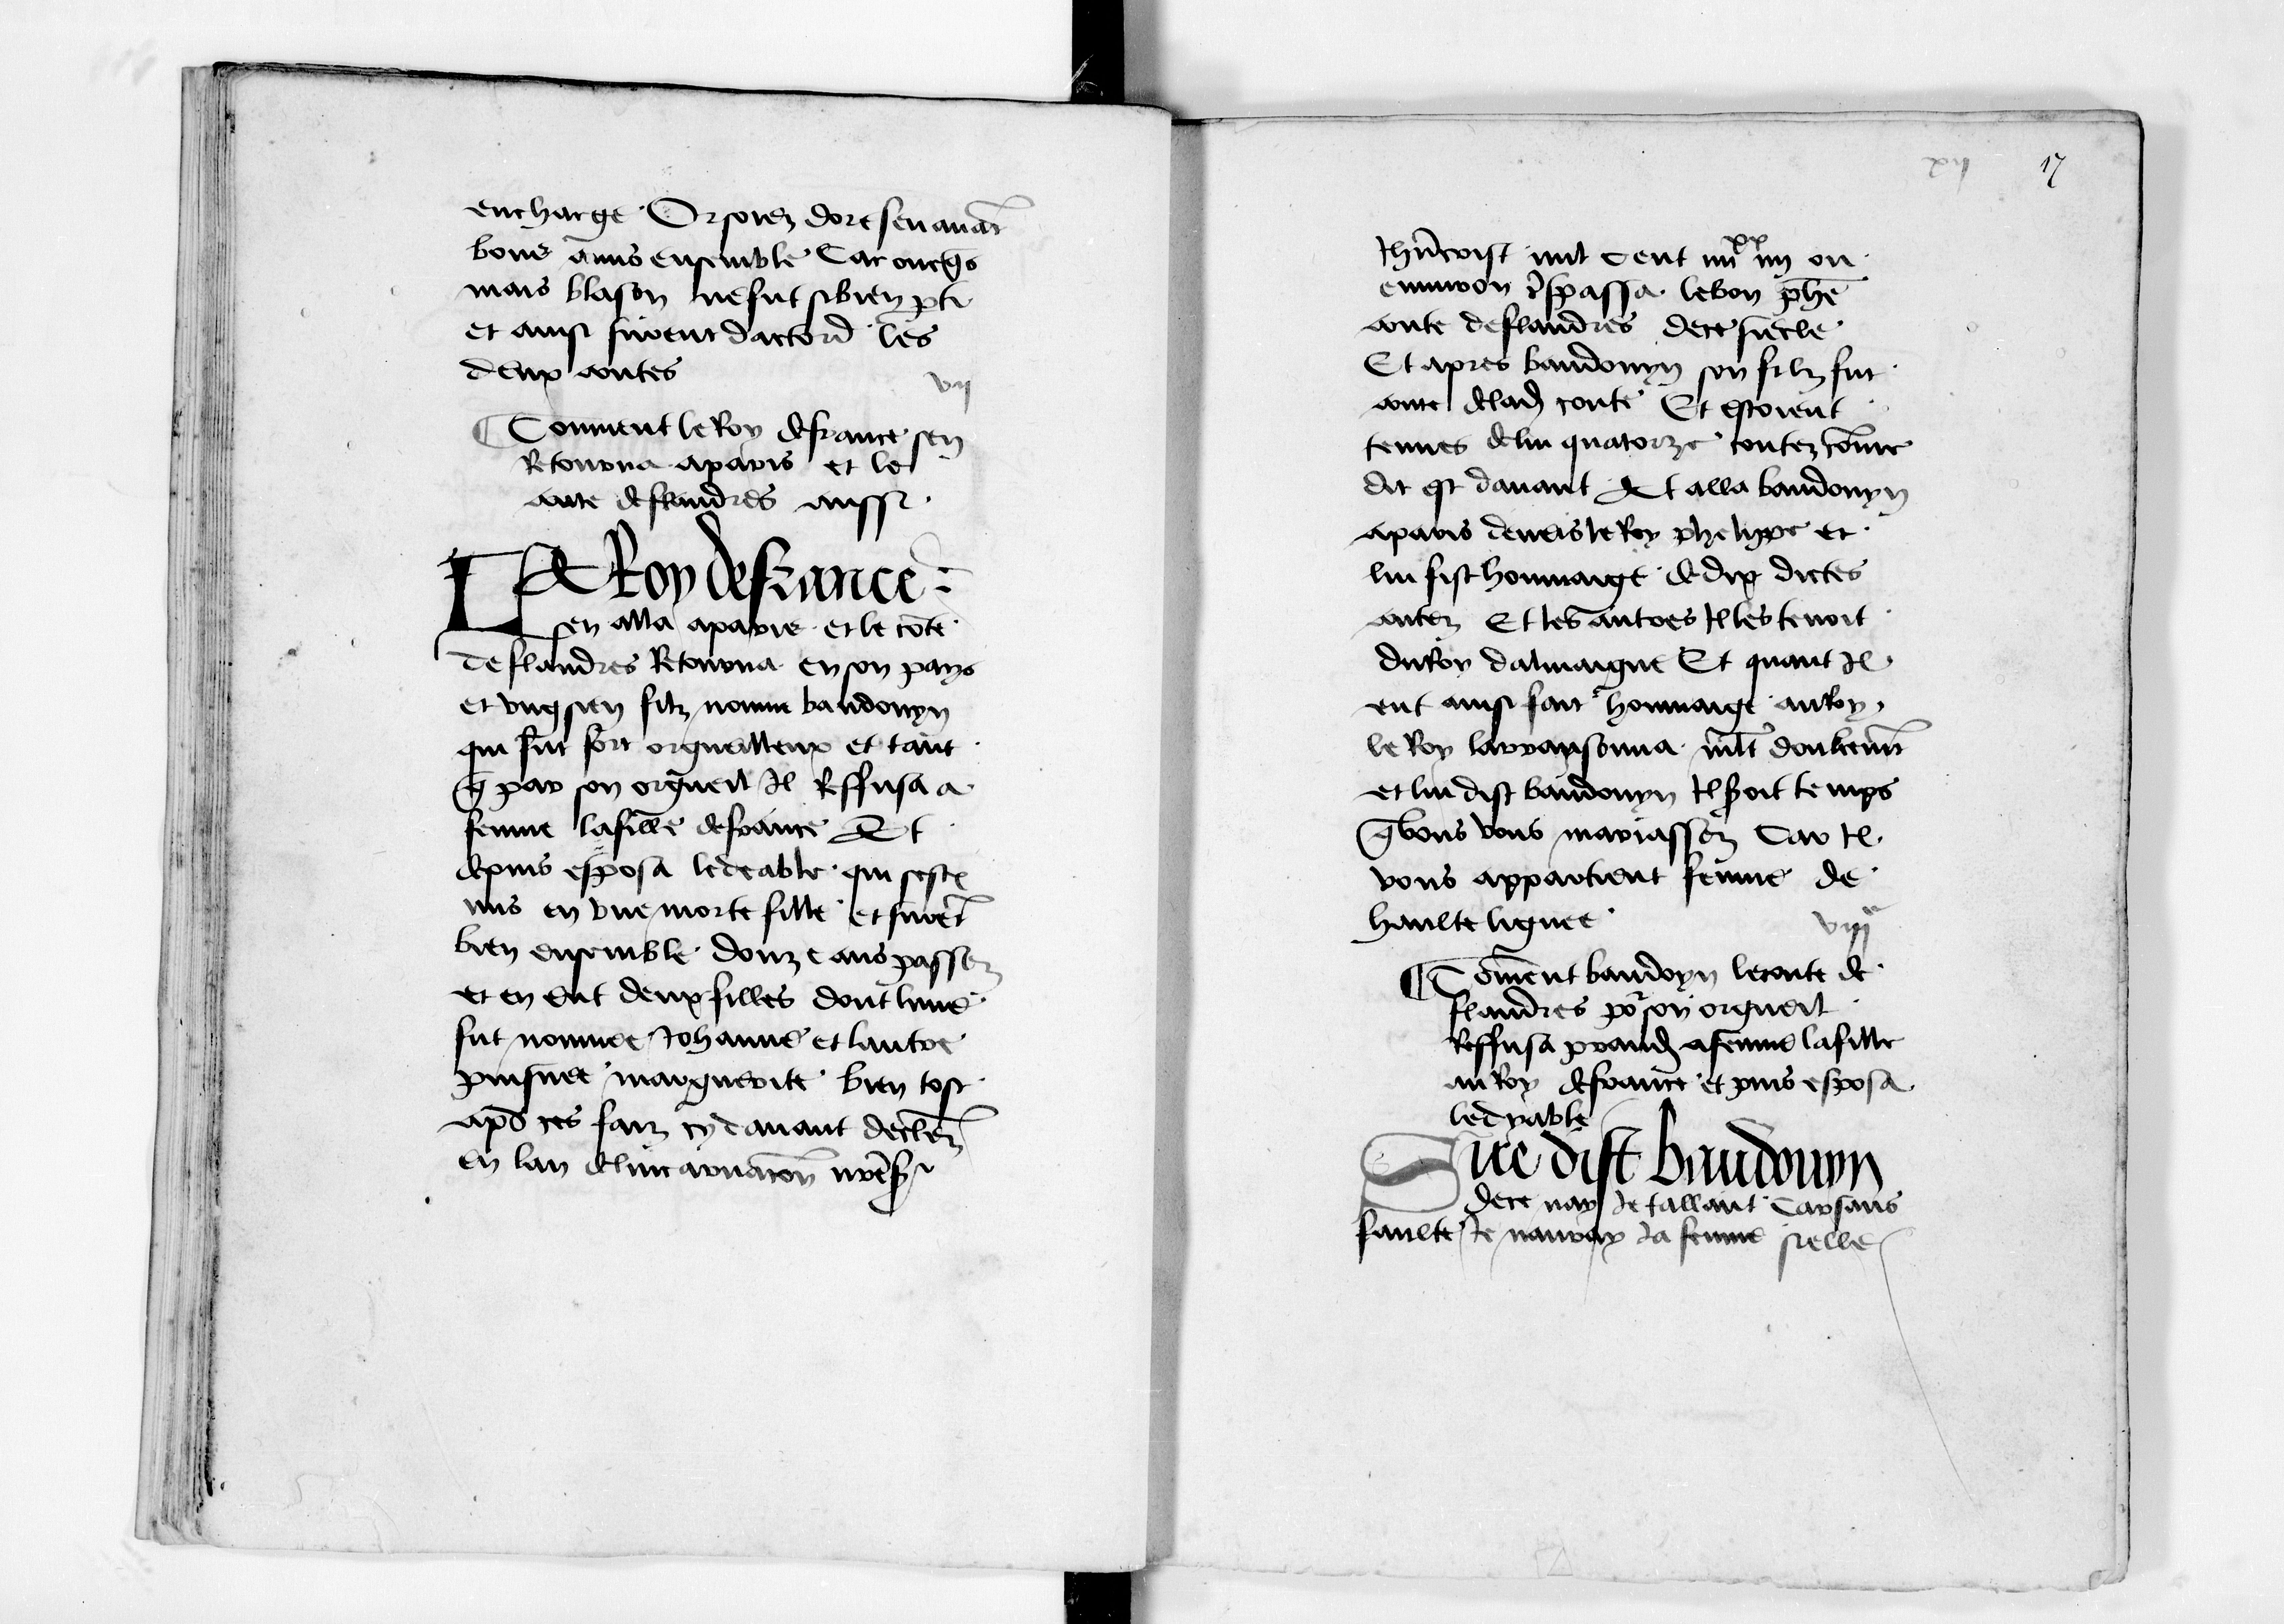
Shelfmark: Paris, BnF, fr. 12551
Century: 15